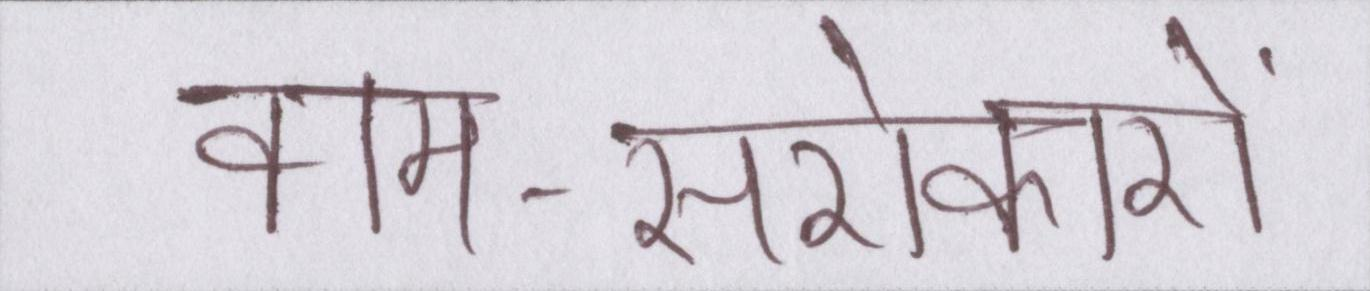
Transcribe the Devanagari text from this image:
वाम-सरोकारों